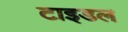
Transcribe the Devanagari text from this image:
टाइडल